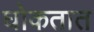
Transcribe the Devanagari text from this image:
घोकतात